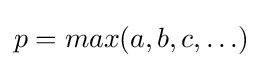
p=max(a,b,c,\ldots )